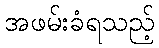
အဖမ်းခံရသည့်